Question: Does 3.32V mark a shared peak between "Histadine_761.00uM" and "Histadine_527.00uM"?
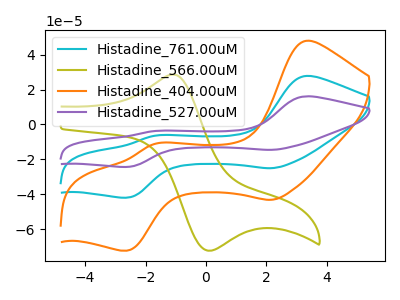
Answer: <think>The cyan curve "Histadine_761.00uM" has anodic peaks at (3.30V, 27.85uA) (-1.70V, -6.50uA) and cathodic peaks at (2.15V, -25.05uA) (-2.60V, -42.00uA). The olive curve "Histadine_566.00uM" has an anodic peak at (-1.10V, 28.60uA) and a cathodic peak at (0.05V, -72.35uA). The orange curve "Histadine_404.00uM" has anodic peaks at (3.30V, 48.00uA) (-1.70V, -11.15uA) and cathodic peaks at (2.15V, -43.20uA) (-2.60V, -72.35uA). The purple curve "Histadine_527.00uM" has anodic peaks at (3.30V, 55.70uA) (-1.70V, -12.95uA) and cathodic peaks at (2.15V, -50.10uA) (-2.60V, -83.95uA).</think>
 <answer>Yes, "Histadine_761.00uM" and "Histadine_527.00uM" share a peak at 3.32V.</answer>
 <eval>match</eval>